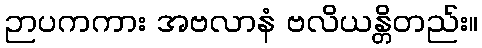
ဉာပကကား အဗလာနံ ဗလိယန္တိတည်း။